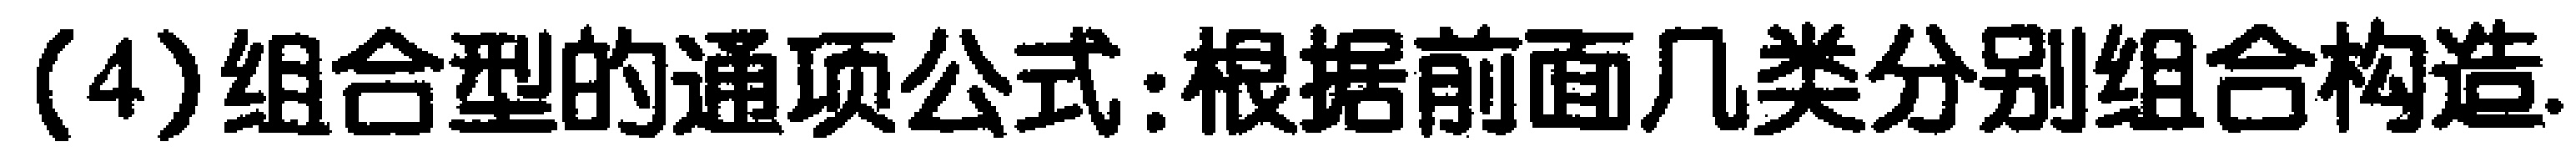
(4)组合型的通项公式:根据前面几类分别组合构造.